Note on the mental hospitals in Burma - 1925-1940
Year: 1925
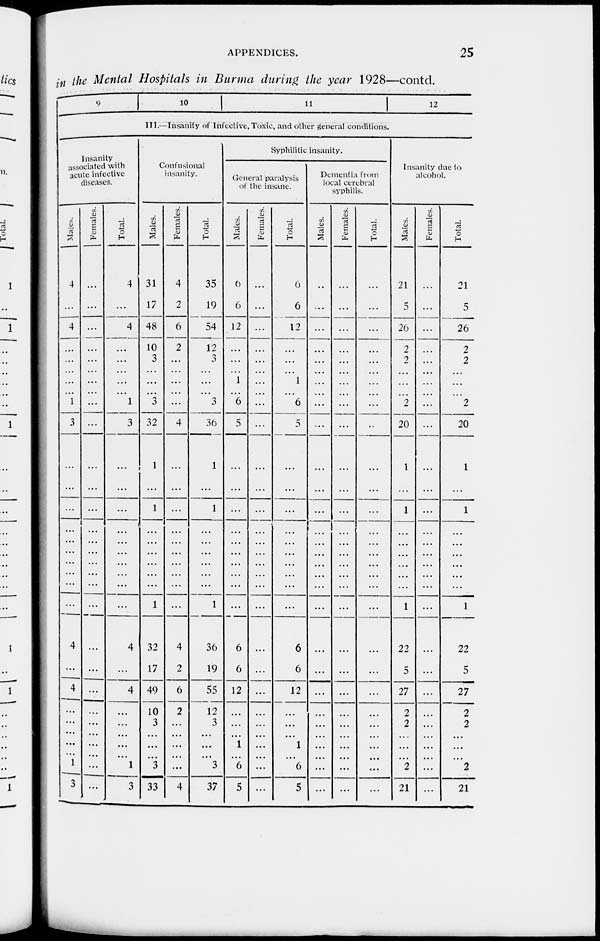
APPENDICES.
25
in the Mental Hospitals in Burma during the year 1928—contd.
9
10
11
12
III.—Insanity of Infective, Toxic, and other general conditions.
Insanity
associated with
acute infective
diseases.
Males. 1
4
...
4
...
...
...
...
...
1
3
...
...
...
...
...
...
...
...
...
...
4
...
4
...
...
...
...
...
1
3
Females.
...
...
...
...
...
...
...
...
...
...
...
...
...
...
...
...
...
...
...
...
...
...
...
...
...
...
...
...
...
...
Total.
4
...
4
...
...
...
...
...
1
3
...
...
...
...
...
...
...
...
...
...
4
...
4
...
...
...
...
...
1
3
Confusional
insanity.
Males.
31
17
48
10
3
...
...
...
3
32
1
...
1
...
...
...
...
...
...
1
32
17
49
10
3
...
...
...
3
33
Females.
4
2
6
2
...
...
...
...
...
4
...
...
...
...
...
...
...
...
...
...
4
2
6
2
...
...
...
...
...
4
Total.
35
19
54
12
3
...
...
...
3
36
1
...
1
...
...
...
...
...
...
1
36
19
55
12
3
...
...
...
3
37
Syphilitic insanity.
General paralysis
of the insane.
Males.
6
6
12
...
...
...
1
...
6
5
...
...
...
...
...
...
...
...
...
...
6
6
12
...
...
...
1
...
6
5
Females.
...
...
...
...
...
...
...
...
...
...
...
...
...
...
...
...
...
...
...
...
...
...
...
...
...
...
...
...
...
Total.
6
6
12
...
...
...
1
...
6
5
...
...
...
...
...
...
...
...
...
...
6
6
12
...
...
...
1
...
6
5
Dementia from
local cerebral
syphilis.
Males.
...
...
...
...
...
...
...
...
...
...
...
...
...
...
...
...
...
...
...
...
...
...
...
...
...
...
...
...
...
...
Females.
...
...
...
...
...
...
...
...
...
...
...
...
...
...
...
...
...
...
...
...
...
...
...
...
...
...
...
...
...
...
Total.
...
...
...
...
...
...
...
...
...
...
...
...
...
...
...
...
...
...
...
...
...
...
...
...
...
...
...
...
...
...
Insanity due to
alcohol.
Males.
21
...
26
2
2
...
...
...
2
20
1
...
1
...
...
...
...
...
...
1
22
5
27
2
2
...
...
...
2
21
Females.
...
...
...
...
...
...
...
...
...
...
...
...
...
...
...
...
...
...
...
...
...
...
...
...
...
...
...
...
...
...
Total.
21
5
26
2
2
...
...
...
2
20
1
...
1
...
...
...
...
...
...
1
22
5
27
2
2
...
...
...
2
21